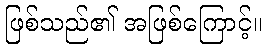
ဖြစ်သည်၏ အဖြစ်ကြောင့်။